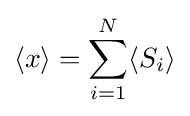
\langle x\rangle =\sum _{i=1}^{N}\langle S_{i}\rangle